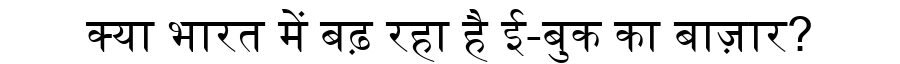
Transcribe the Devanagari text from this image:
क्या भारत में बढ़ रहा है ई-बुक का बाज़ार?